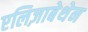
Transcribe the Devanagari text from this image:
एलिज़ाबेथेन